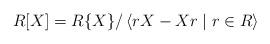
LaTeX: \begin{align*}R[X]=R\{X\}/\left\langle rX-Xr\mid r\in R\right\rangle \end{align*}